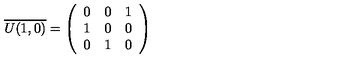
\overline { { U ( 1 , 0 ) } } = \left( \begin{array} { c c c } { 0 } & { 0 } & { 1 } \\ { 1 } & { 0 } & { 0 } \\ { 0 } & { 1 } & { 0 } \\ \end{array} \right)